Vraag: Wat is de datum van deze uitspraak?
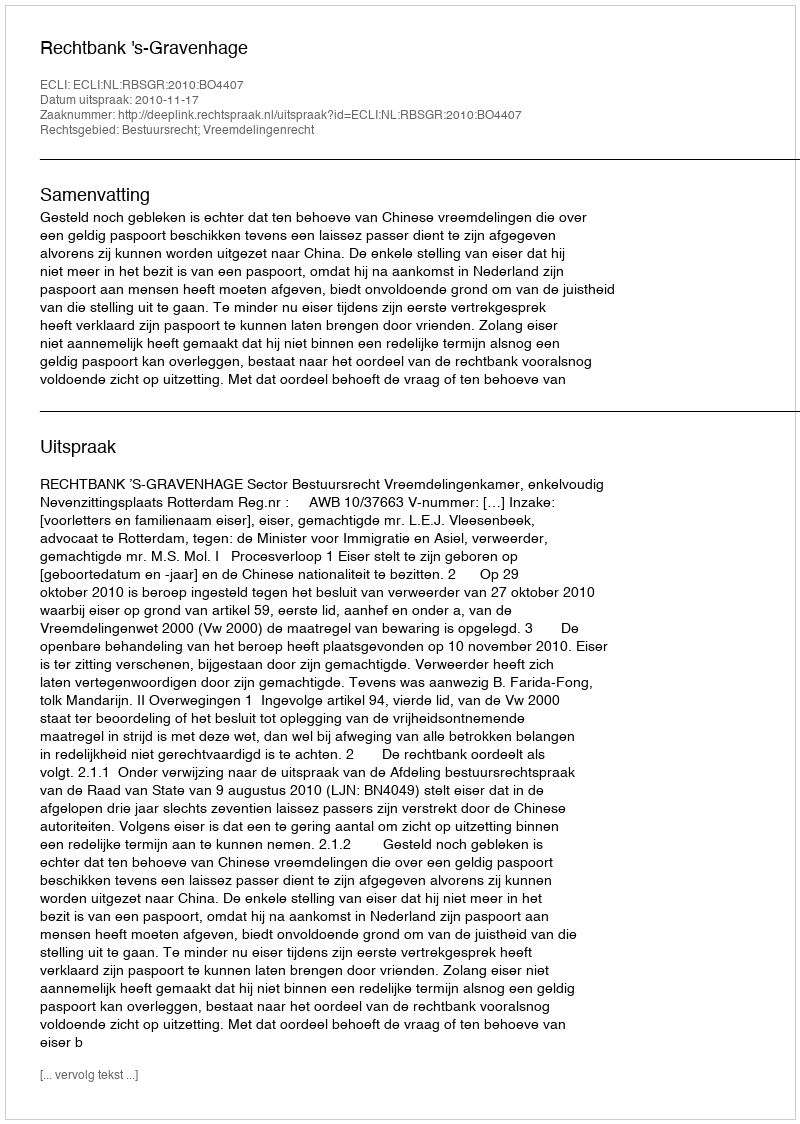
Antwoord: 2010-11-17